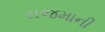
રાજમાની